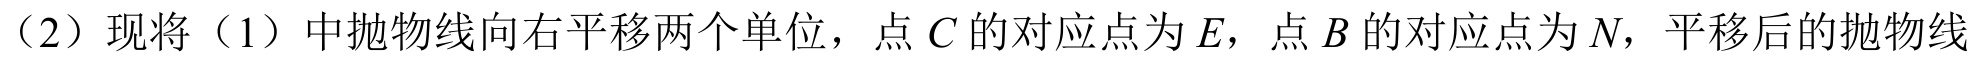
（2）现将（1）中抛物线向右平移两个单位，点 \(C\) 的对应点为 \(E\)，点 \(B\) 的对应点为 \(N\)，平移后的抛物线